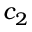
c _ { 2 }